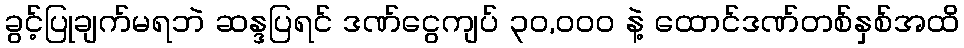
ခွင့်ပြုချက်မရဘဲ ဆန္ဒပြရင် ဒဏ်ငွေကျပ် ၃၀,၀၀၀ နဲ့ ထောင်ဒဏ်တစ်နှစ်အထိ